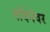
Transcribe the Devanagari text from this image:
मदिनेवर